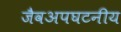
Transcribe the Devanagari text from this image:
जैवअपघटनीय